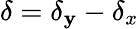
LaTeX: \delta=\delta_{\mathbf{y}}-\delta_{x}